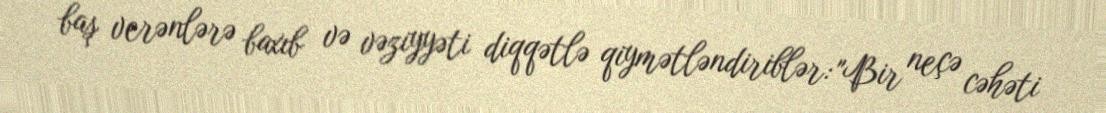
baş verənlərə baxıb və vəziyyəti diqqətlə qiymətləndiriblər: "Bir neçə cəhəti